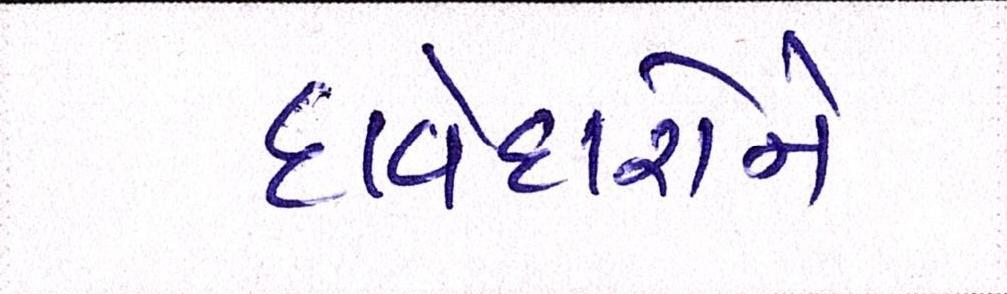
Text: દાવેદારોને